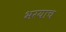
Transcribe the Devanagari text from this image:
भरयाच